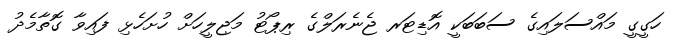
ހަގީގީ މައްސަލައިގެ ސަބަބަކީ އޮޑިޓަރ ޖެނެރަލްގެ ރިޕޯޓު މަޖިލީހަށް ހުށަހެޅި ފައިވާ ގޮތާމެދު